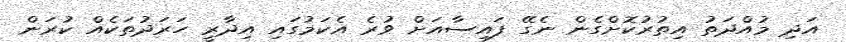
އަދި މުއްދަތު އިތުރުކޮށްގެން ނެގޭ ފައިސާއަށް ވުރެ އެކަމުގައި އިދާރީ ހަރަދުތަކެއް ކުރަން